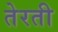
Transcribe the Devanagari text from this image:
तेरती